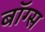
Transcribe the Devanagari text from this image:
बॉग्स